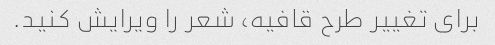
برای تغییر طرح قافیه، شعر را ویرایش کنید.